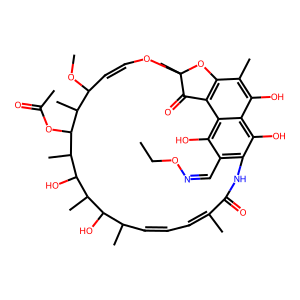
SMILES: CCON=Cc1c2c(O)c3c(O)c(C)c4c(c3c1O)C(=O)C(C)(OC=CC(OC)C(C)C(OC(C)=O)C(C)C(O)C(C)C(O)C(C)C=CC=C(C)C(=O)N2)O4
Inhibits HIV replication: No